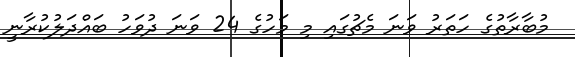
މުބާރާތުގެ ހަތަރު ވަނަ މެޗުގައި މި މަހުގެ 24 ވަނަ ދުވަހު ބައްދަލުކުރާނީ